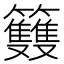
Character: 𥸌